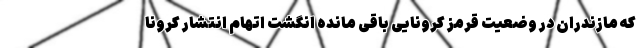
که مازندران در وضعیت قرمز کرونایی باقی مانده انگشت اتهام انتشار کرونا